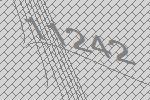
11242